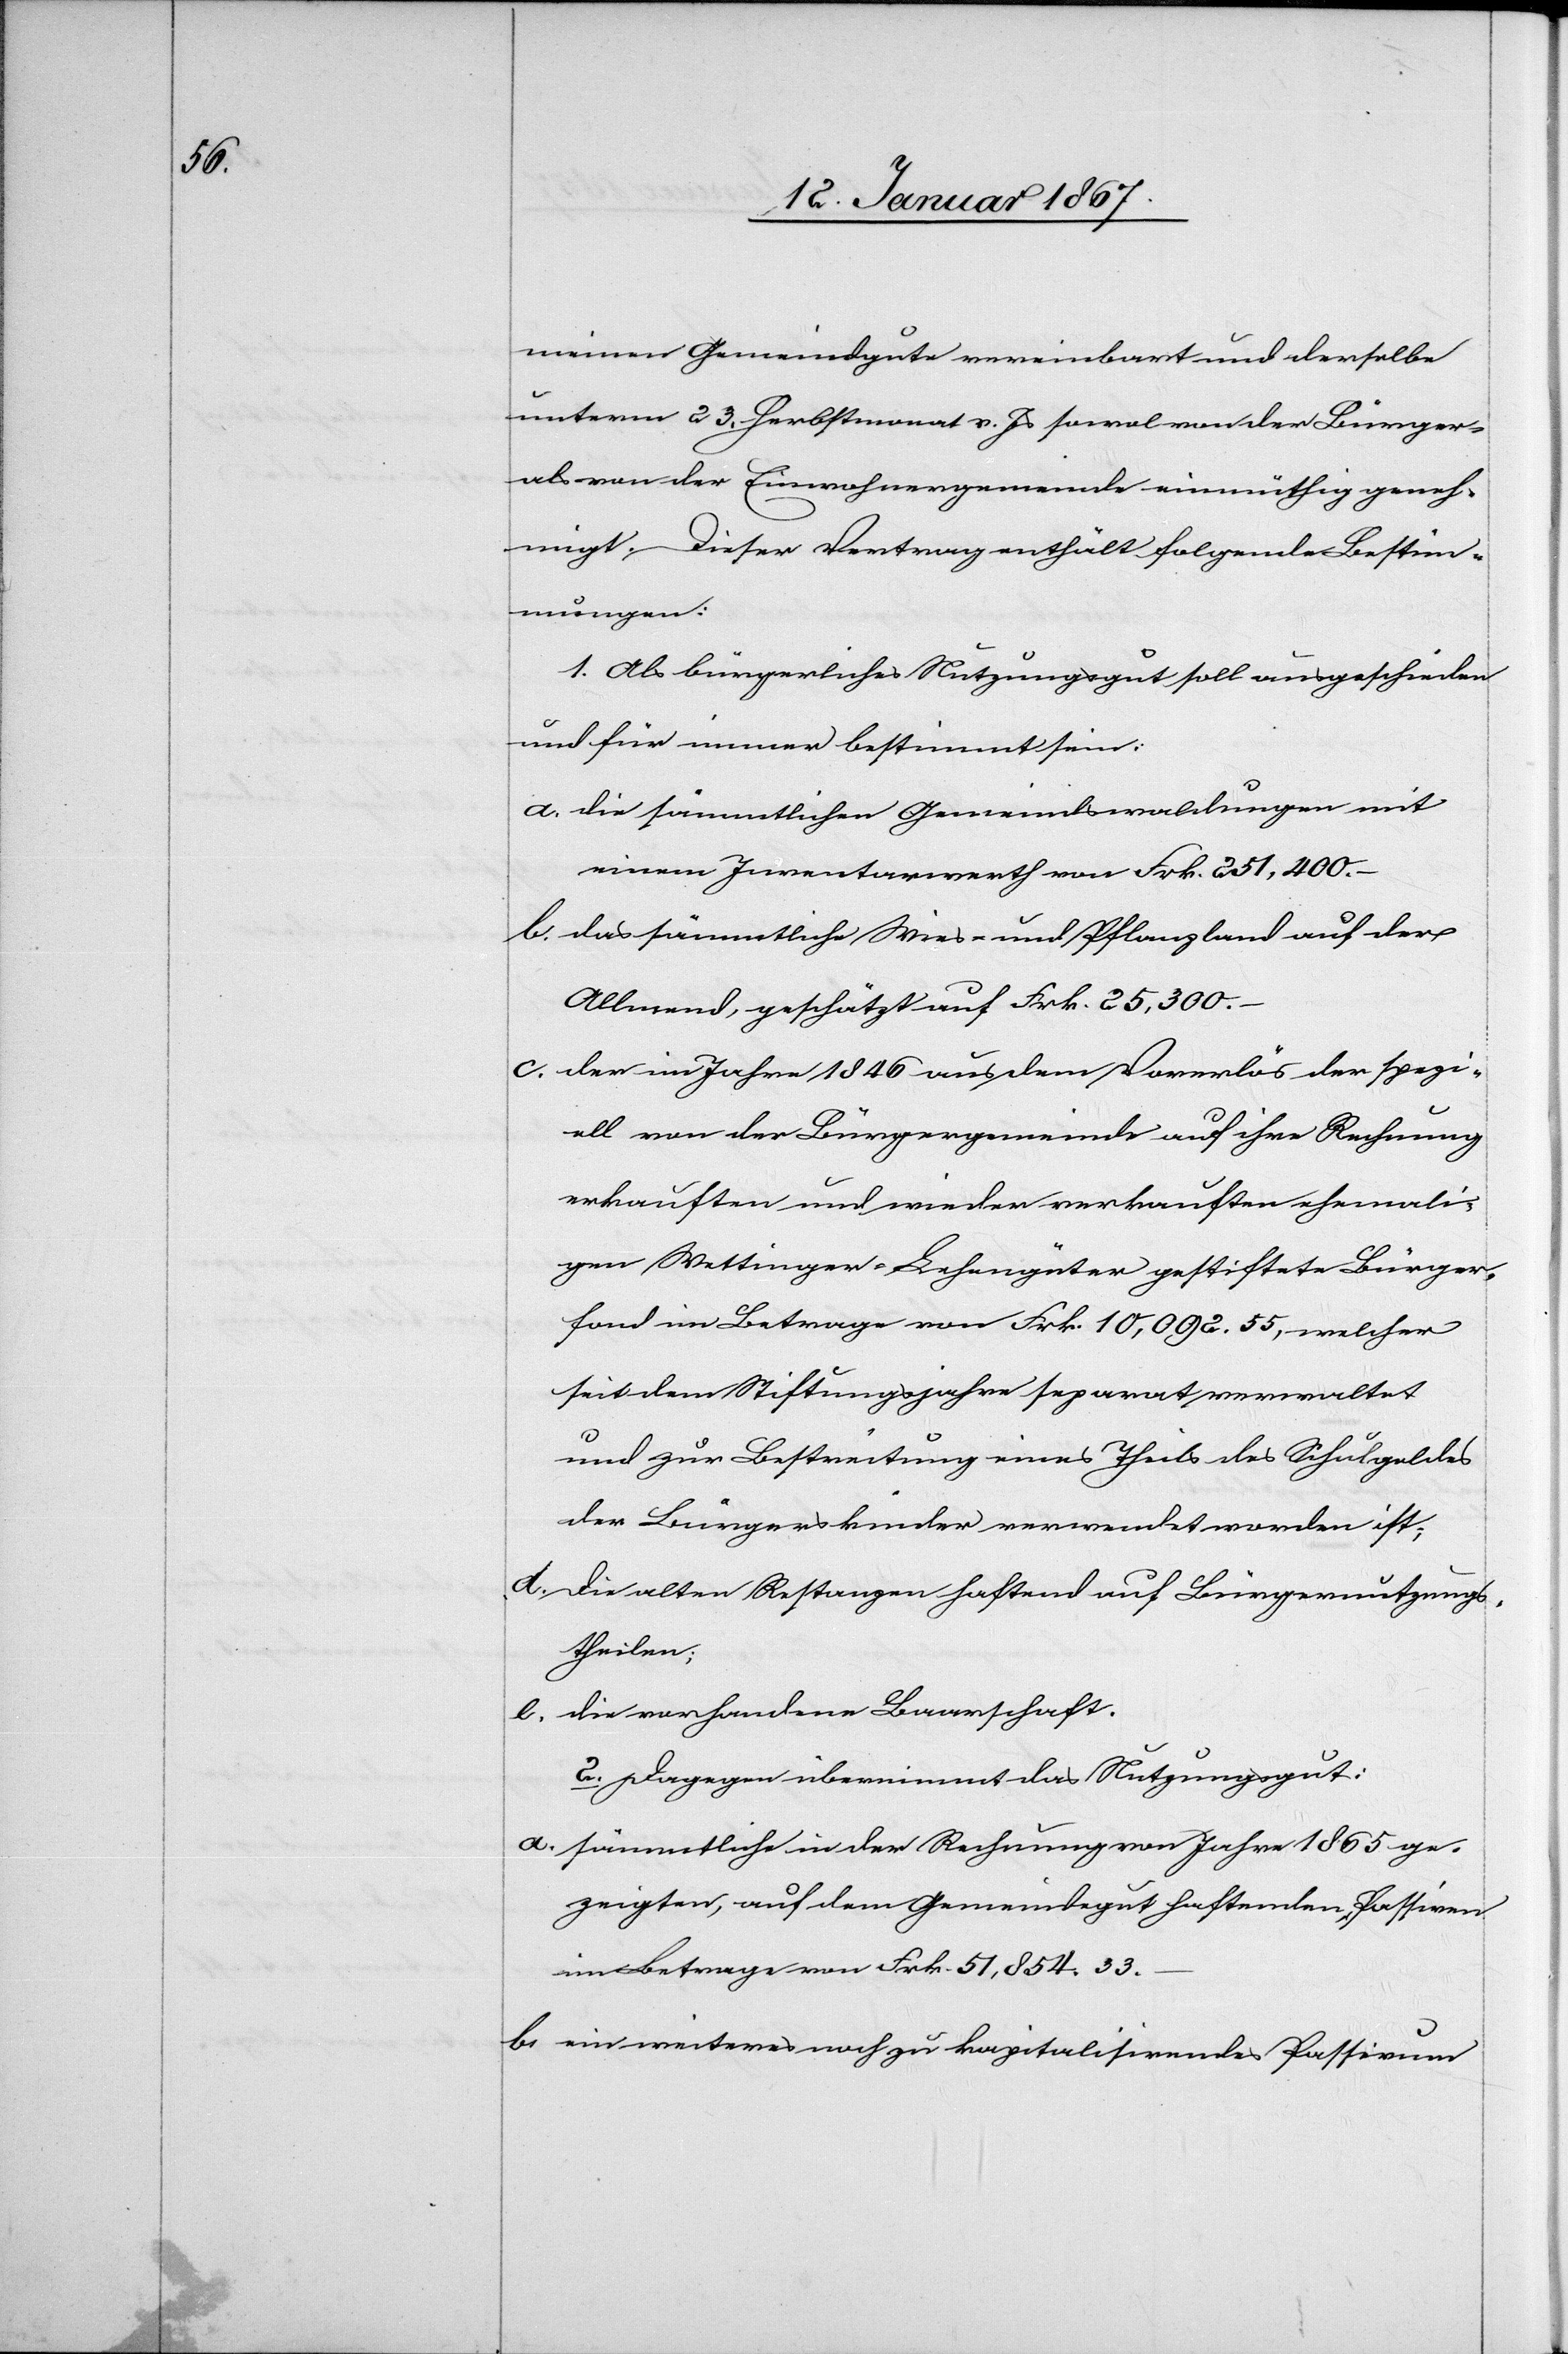
meinen Gemeindgute vereinbart und derselbe
unterm 23. Herbstmonat v. Js sowol von den Bürger-
auch von der Einwohnergemeinde einmüthig geneh¬
migt. Dieser Vertrag enthält folgende Bestim¬
mungen:
1. Als bürgerliches Nutzugsgut soll ausgeschieden
und für immer bestimmt sein:
a. die sämmtlichen Gemeindswaldungen mit
einem Inventarwerth von Frk. 251,400.–
b. das sämmtliche Wies- und Pflanzland auf der
Allmend, geschätzt auf Frk. 25,300.–
c. der im Jahr 1846 aus dem Vorerlös der spezi¬
ell von der Bürgergemeinde auf ihre Rechnung
erkauften und wieder verkauften ehemali¬
gen Wettinger-Lehengüter gestiftete Bürger¬
fond im Betrage von Frk. 10,092.55, welcher
seit dem Stiftungsjahr separat verwaltet
und zur Bestreitung eines Theils des Schulgeldes
der Bürgerskinder verwendet worden ist;
d. die alten Restanzen haftend auf Bürgernutzungs¬
theilen;
e. die vorhandene Baarschaft.
2. Dagegen übernimmt das Nutzungsgut:
a. sämmtliche in der Rechnung vom Jahre 1864 ge¬
zeigten, auf dem Gemeindegut haftenden Passiven
im Betrage von Frk. 51,854.33.–
b. ein weiteres noch zu kapitalisierendes Passivum